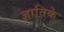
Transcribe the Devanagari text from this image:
ज्ञातिके